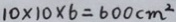
1 0 \times 1 0 \times 6 = 6 0 0 c m ^ { 2 }